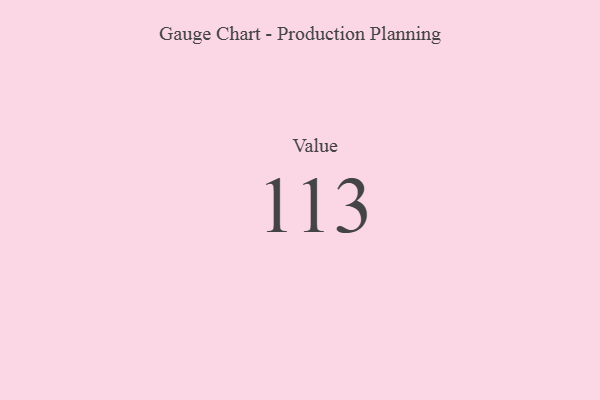
{"axis": {"x": "Metric", "y": "Value"}, "legend": [""], "data": [{"x": "Value", "y": 113, "type": ""}]}